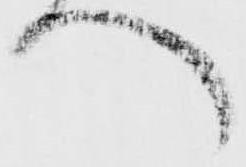
へ